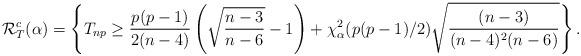
LaTeX: \begin{align*}\mathcal{R}_{T}^c(\alpha)=\left\{T_{np}\ge \frac{p(p-1)}{2(n-4)}\left(\sqrt{\frac{n-3}{n-6}}-1\right)+\chi^2_{\alpha}(p(p-1)/2)\sqrt{\frac{(n-3)}{(n-4)^2(n-6)}}\right\}.\end{align*}